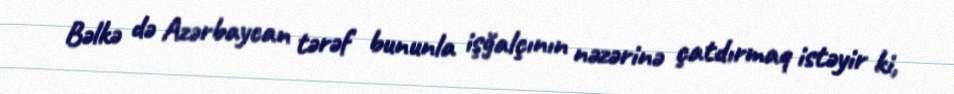
Bəlkə də Azərbaycan tərəf bununla işğalçının nəzərinə çatdırmaq istəyir ki,